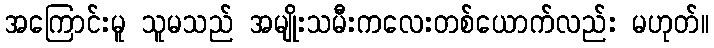
အကြောင်းမူ သူမသည် အမျိုးသမီးကလေးတစ်ယောက်လည်း မဟုတ်။